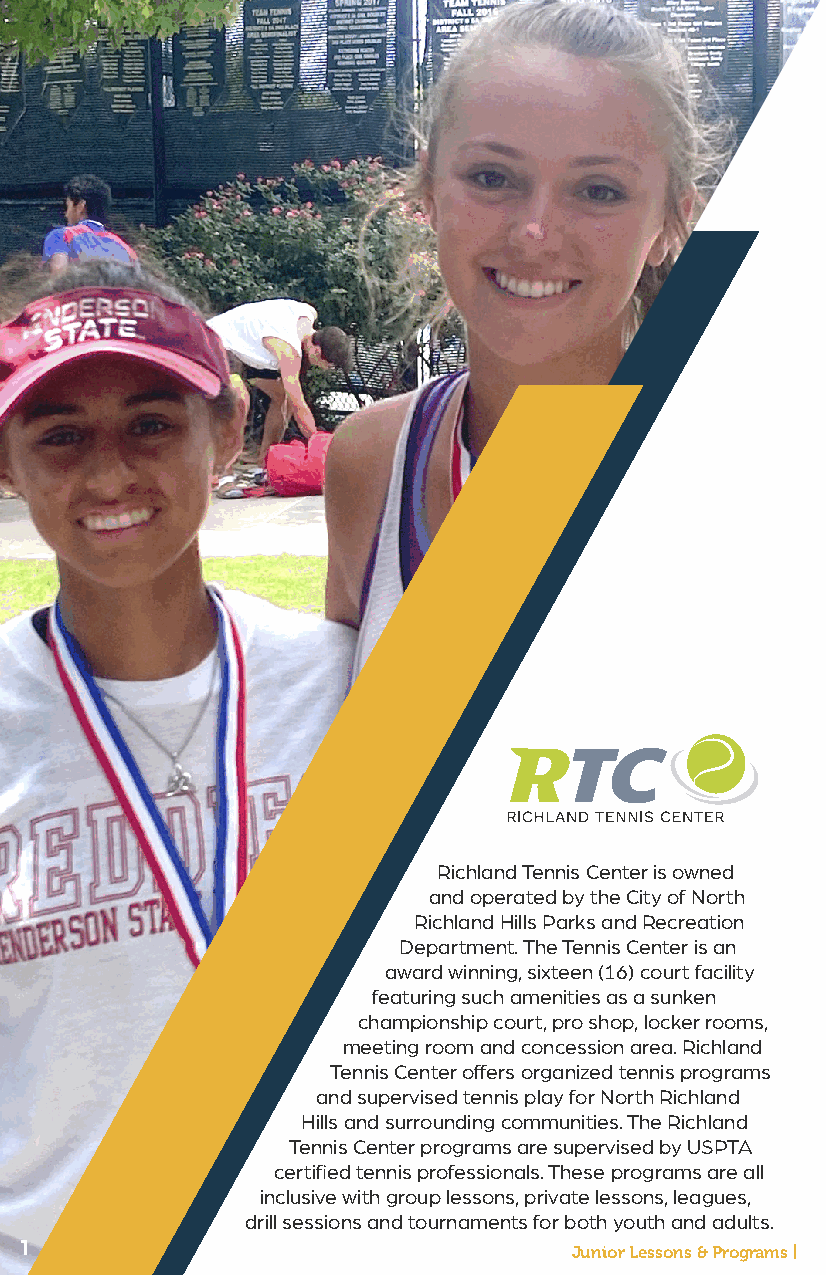
Richland Tennis Center is owned
 and operated by the City of North
 Richland Hills Parks and Recreation
 Department. The Tennis Center is an
 award winning, sixteen (16) court facility
 featuring such amenities as a sunken
 championship court, pro shop, locker rooms,
 meeting room and concession area. Richland
 Tennis Center offers organized tennis programs
 and supervised tennis play for North Richland
 Hills and surrounding communities. The Richland
 Tennis Center programs are supervised by USPTA
 certified tennis professionals. These programs are all
 inclusive with group lessons, private lessons, leagues,
 drill sessions and tournaments for both youth and adults.
 1                                    Junior Lessons & Programs